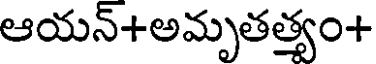
ఆయన్+అమృతత్యం+